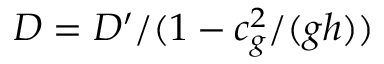
D = D ^ { \prime } / ( 1 - c _ { g } ^ { 2 } / ( g h ) )